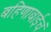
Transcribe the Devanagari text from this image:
बहिणाबाईचं